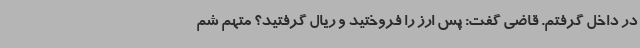
در داخل گرفتم. قاضی گفت: پس ارز را فروختید و ریال گرفتید؟ متهم شم